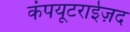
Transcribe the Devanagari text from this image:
कंपयूटराईज़द